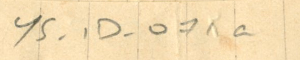
YS - 1D - 071a